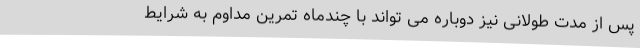
پس از مدت طولانی نیز دوباره می تواند با چندماه تمرین مداوم به شرایط